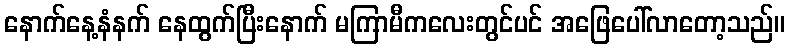
နောက်နေ့နံနက် နေထွက်ပြီးနောက် မကြာမီကလေးတွင်ပင် အဖြေပေါ်လာတော့သည်။